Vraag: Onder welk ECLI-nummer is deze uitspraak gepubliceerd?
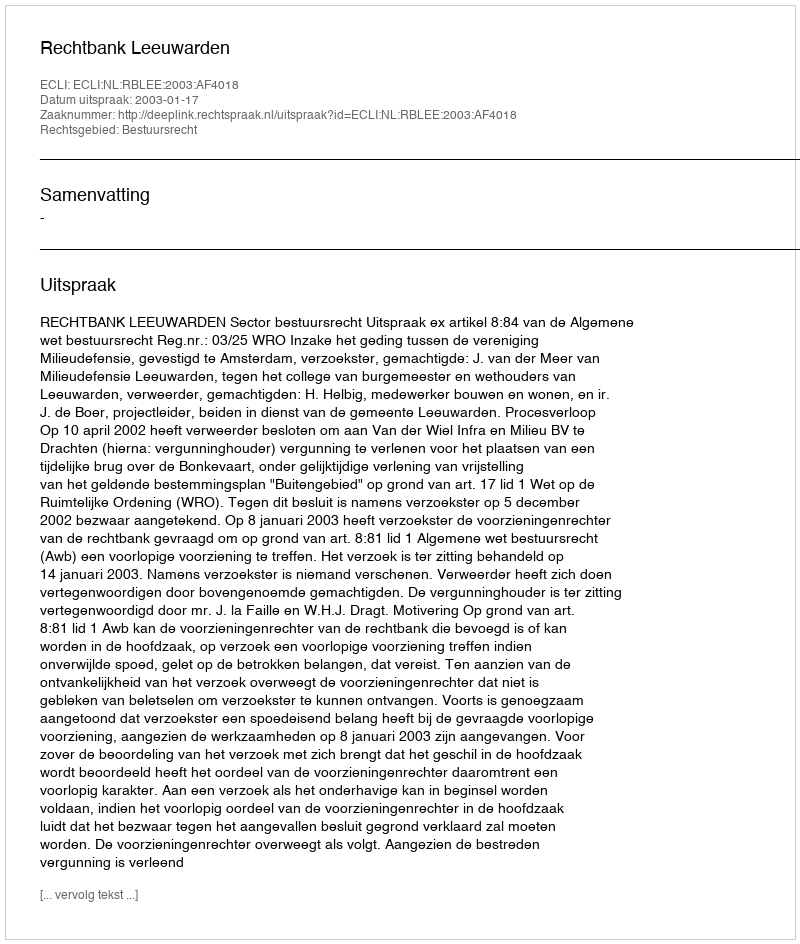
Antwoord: ECLI:NL:RBLEE:2003:AF4018